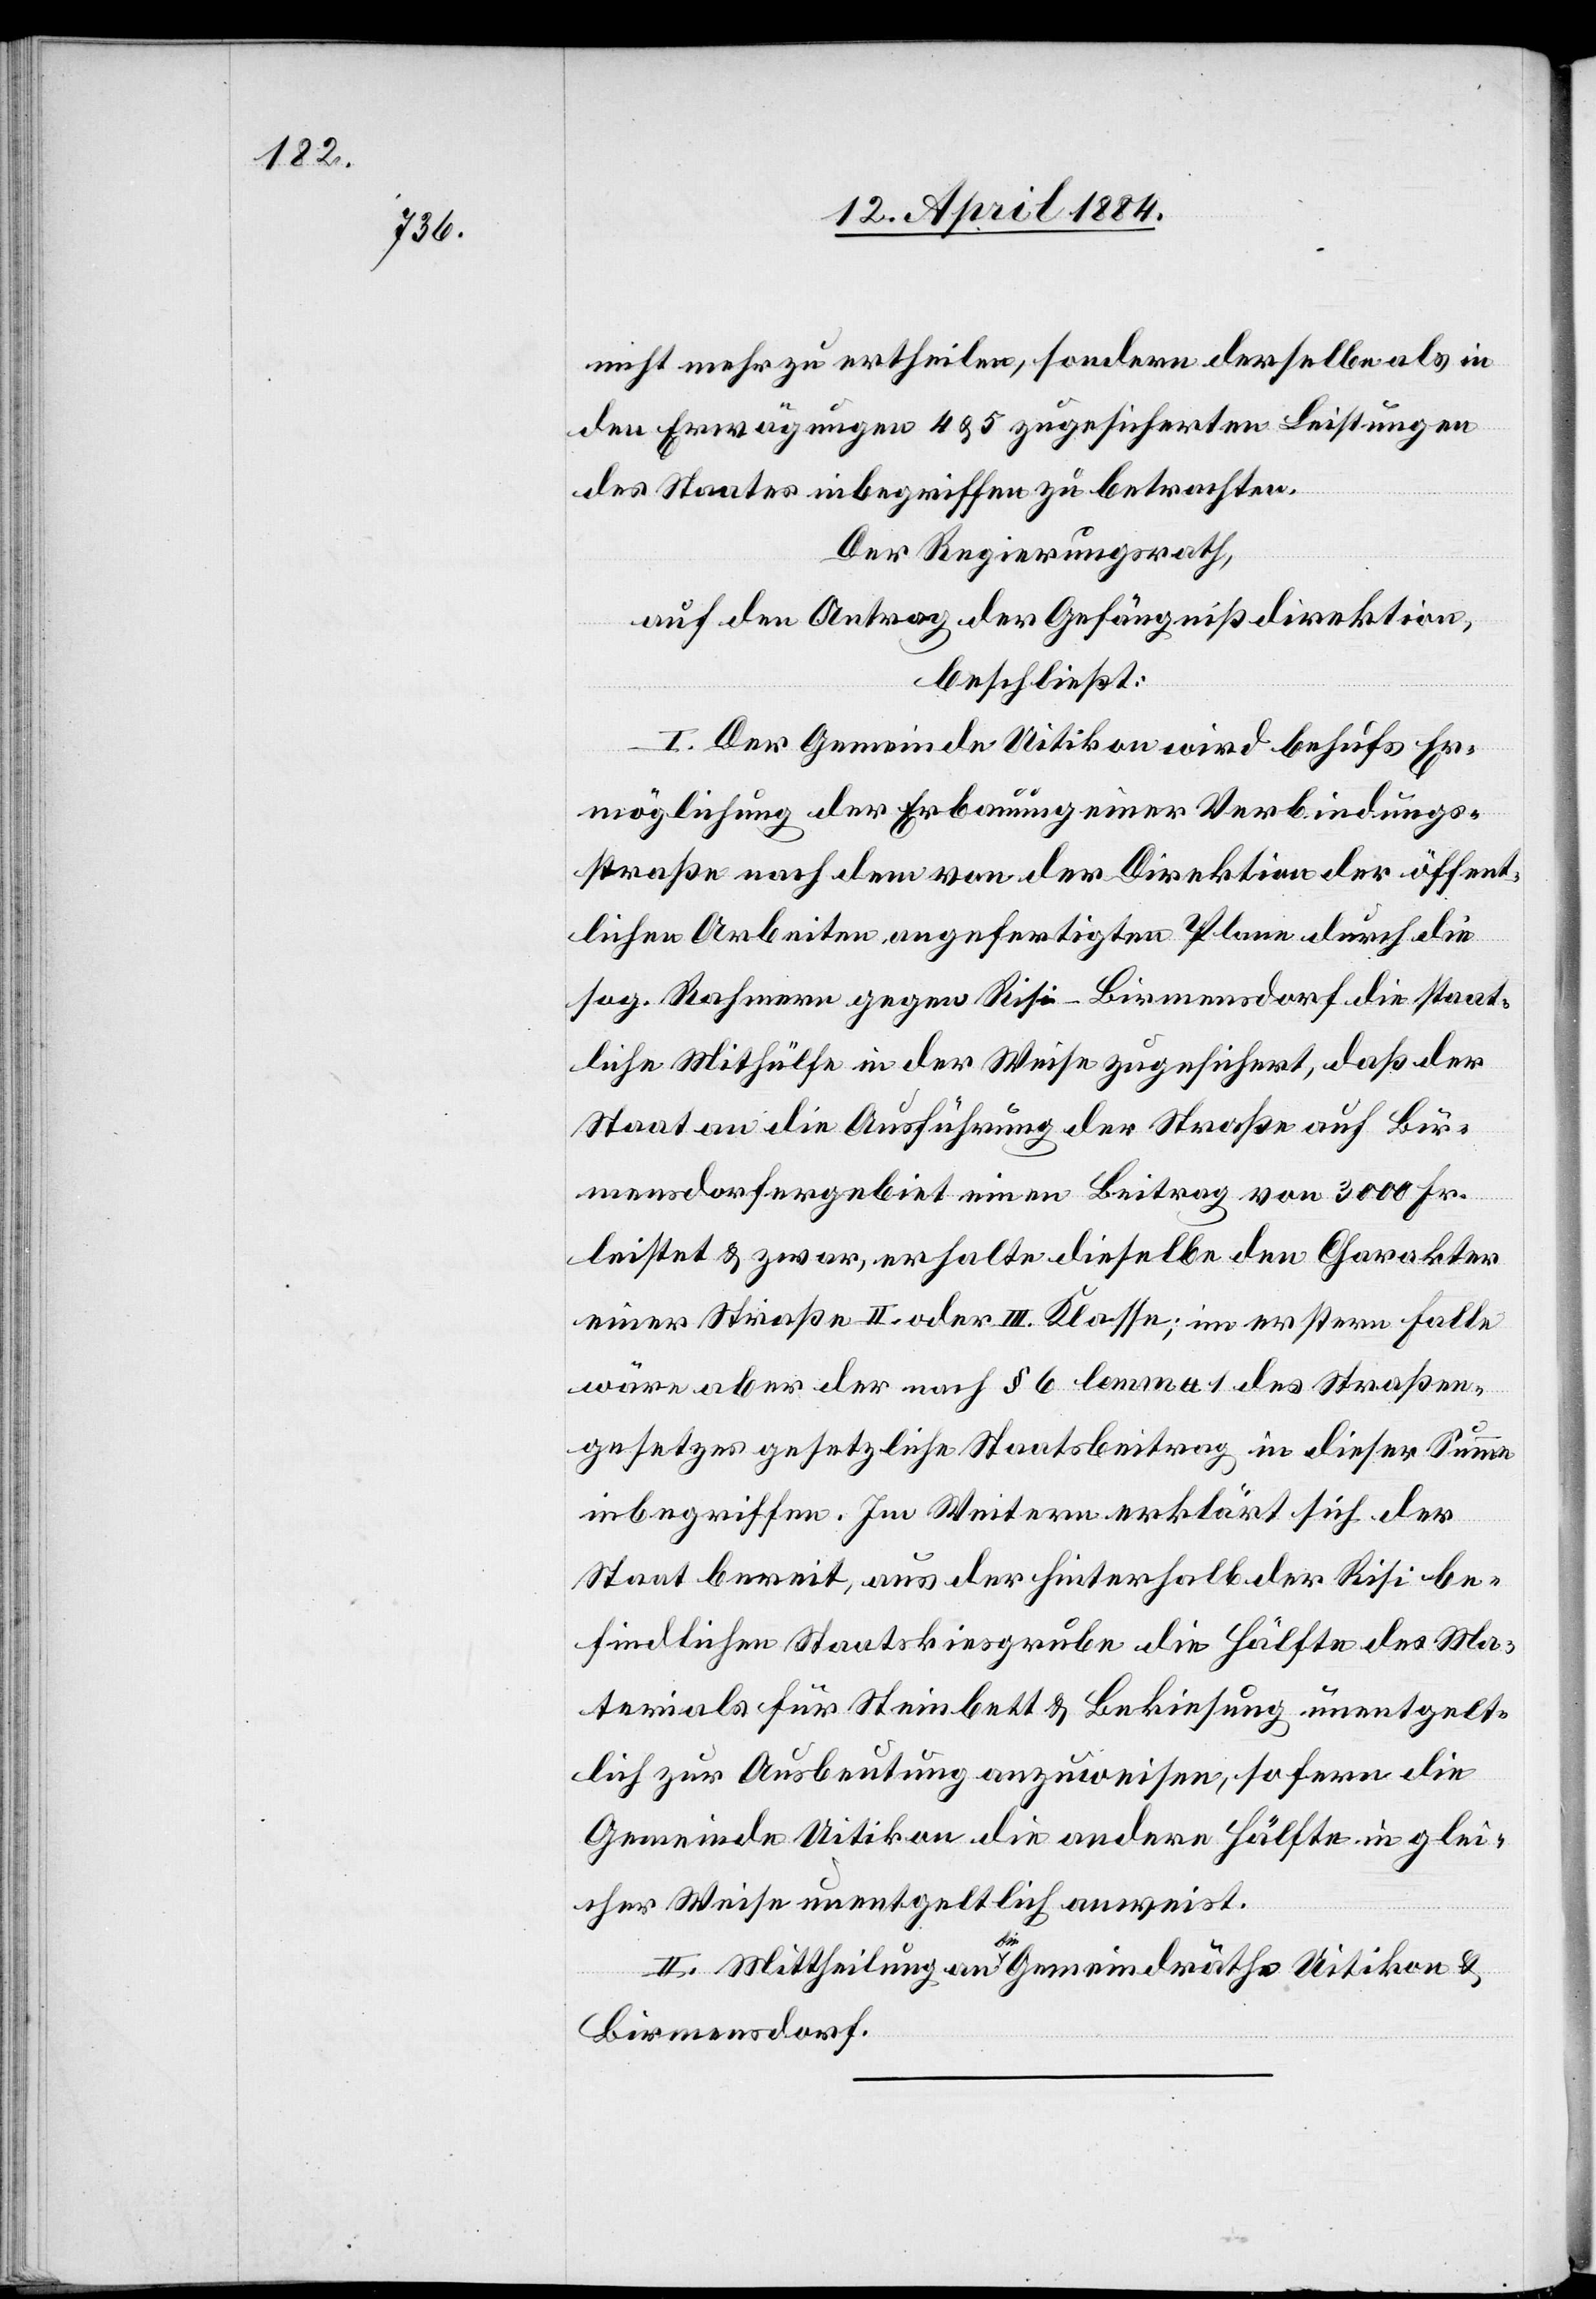
nicht mehr zu ertheilen, sondern derselbe als in
den Erwägungen 4 & 5 zugesicherten Leistungen
des Staates inbegriffen zu betrachten.
Der Regierungsrath,
auf den Antrag der Gefängnißdirektion,
beschließt:
I. Der Gemeinde Uitkion wird behufs Er¬
möglichung der Erbauung einer Verbindungs¬
straße nach dem von der Direktion der öffent¬
lichen Arbeiten angefertigten Plane durch die
sog. Rahmern gegen Risi - Birmensdorf die staat¬
liche Mithülfe in der Weise zugesichert, daß der
Staat an die Ausführung der Straße auf Bir¬
mendsdorfergebiet einen Betrag von 3000 Fr.
leistet & zwar, erhalte dieselbe den Charakter
einer Straße II. oder III. Klasse; im erstern Falle
wäre aber der nach § 6 lemma 1 des Straßen¬
gesetzes gesetzliche Staatsbeitrag in dieser Summe
inbegriffen. Im Weitern erklärt sich der
Staat bereit, aus der hinterhalb der Risi be¬
findlichen Staatskiesgrube die Hälfte des Ma¬
terials für Steinbett & Bekiesung unentgelt¬
lich zu Ausbeutung anzuweisen, sofern die
Gemeinde Uitkion die andere Hälfte in glei¬
cher Weise unentgeltlich anweist.
II. Mittheilung an die Gemeindräthe Uitikon &
Birmensdorf.